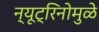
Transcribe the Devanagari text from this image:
न्यूट्रिनोमुळे